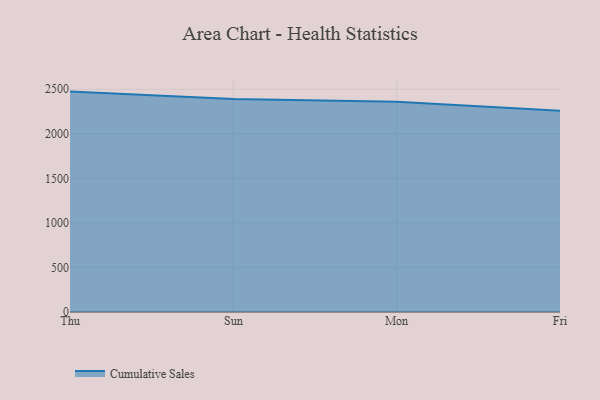
{"axis": {"x": "Day", "y": "Tickets Resolved"}, "legend": ["Cumulative Sales"], "data": [{"x": "Thu", "y": 2473.7, "type": "Cumulative Sales"}, {"x": "Sun", "y": 2390.3, "type": "Cumulative Sales"}, {"x": "Mon", "y": 2359.8, "type": "Cumulative Sales"}, {"x": "Fri", "y": 2258.1, "type": "Cumulative Sales"}]}